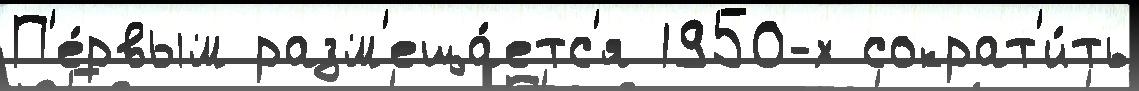
П'е́рвым разм'еща́етс'я 1950-х сократ'и́ть